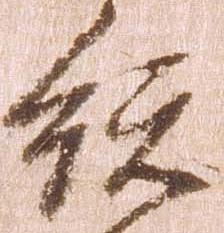
総